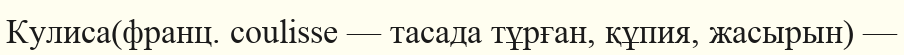
Кулиса(франц. coulisse — тасада тұрған, құпия, жасырын) —